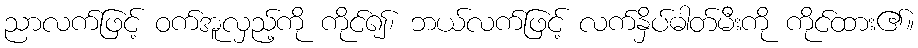
ညာလက်ဖြင့် ဝက်အူလှည့်ကို ကိုင်၍၊ ဘယ်လက်ဖြင့် လက်နှိပ်ဓါတ်မီးကို ကိုင်ထား၏။